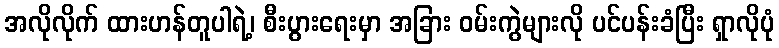
အလိုလိုက် ထားဟန်တူပါရဲ့၊ စီးပွားရေးမှာ အခြား ဝမ်းကွဲများလို ပင်ပန်းခံပြီး ရှာလိုပုံ